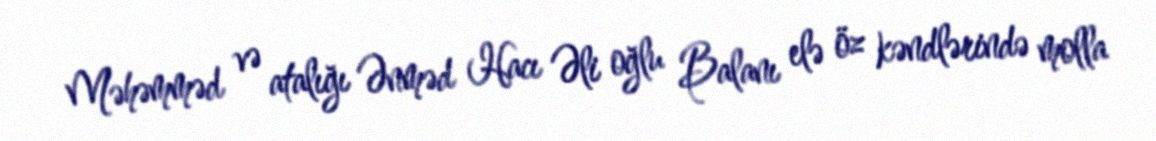
Məhəmməd və atalığı Ənməd Hacı Əli oğlu Balanı elə öz kəndlərində molla